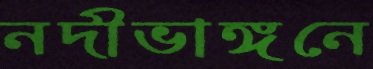
নদীভাঙ্গনে